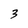
Character: 3